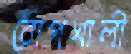
রোপখালী